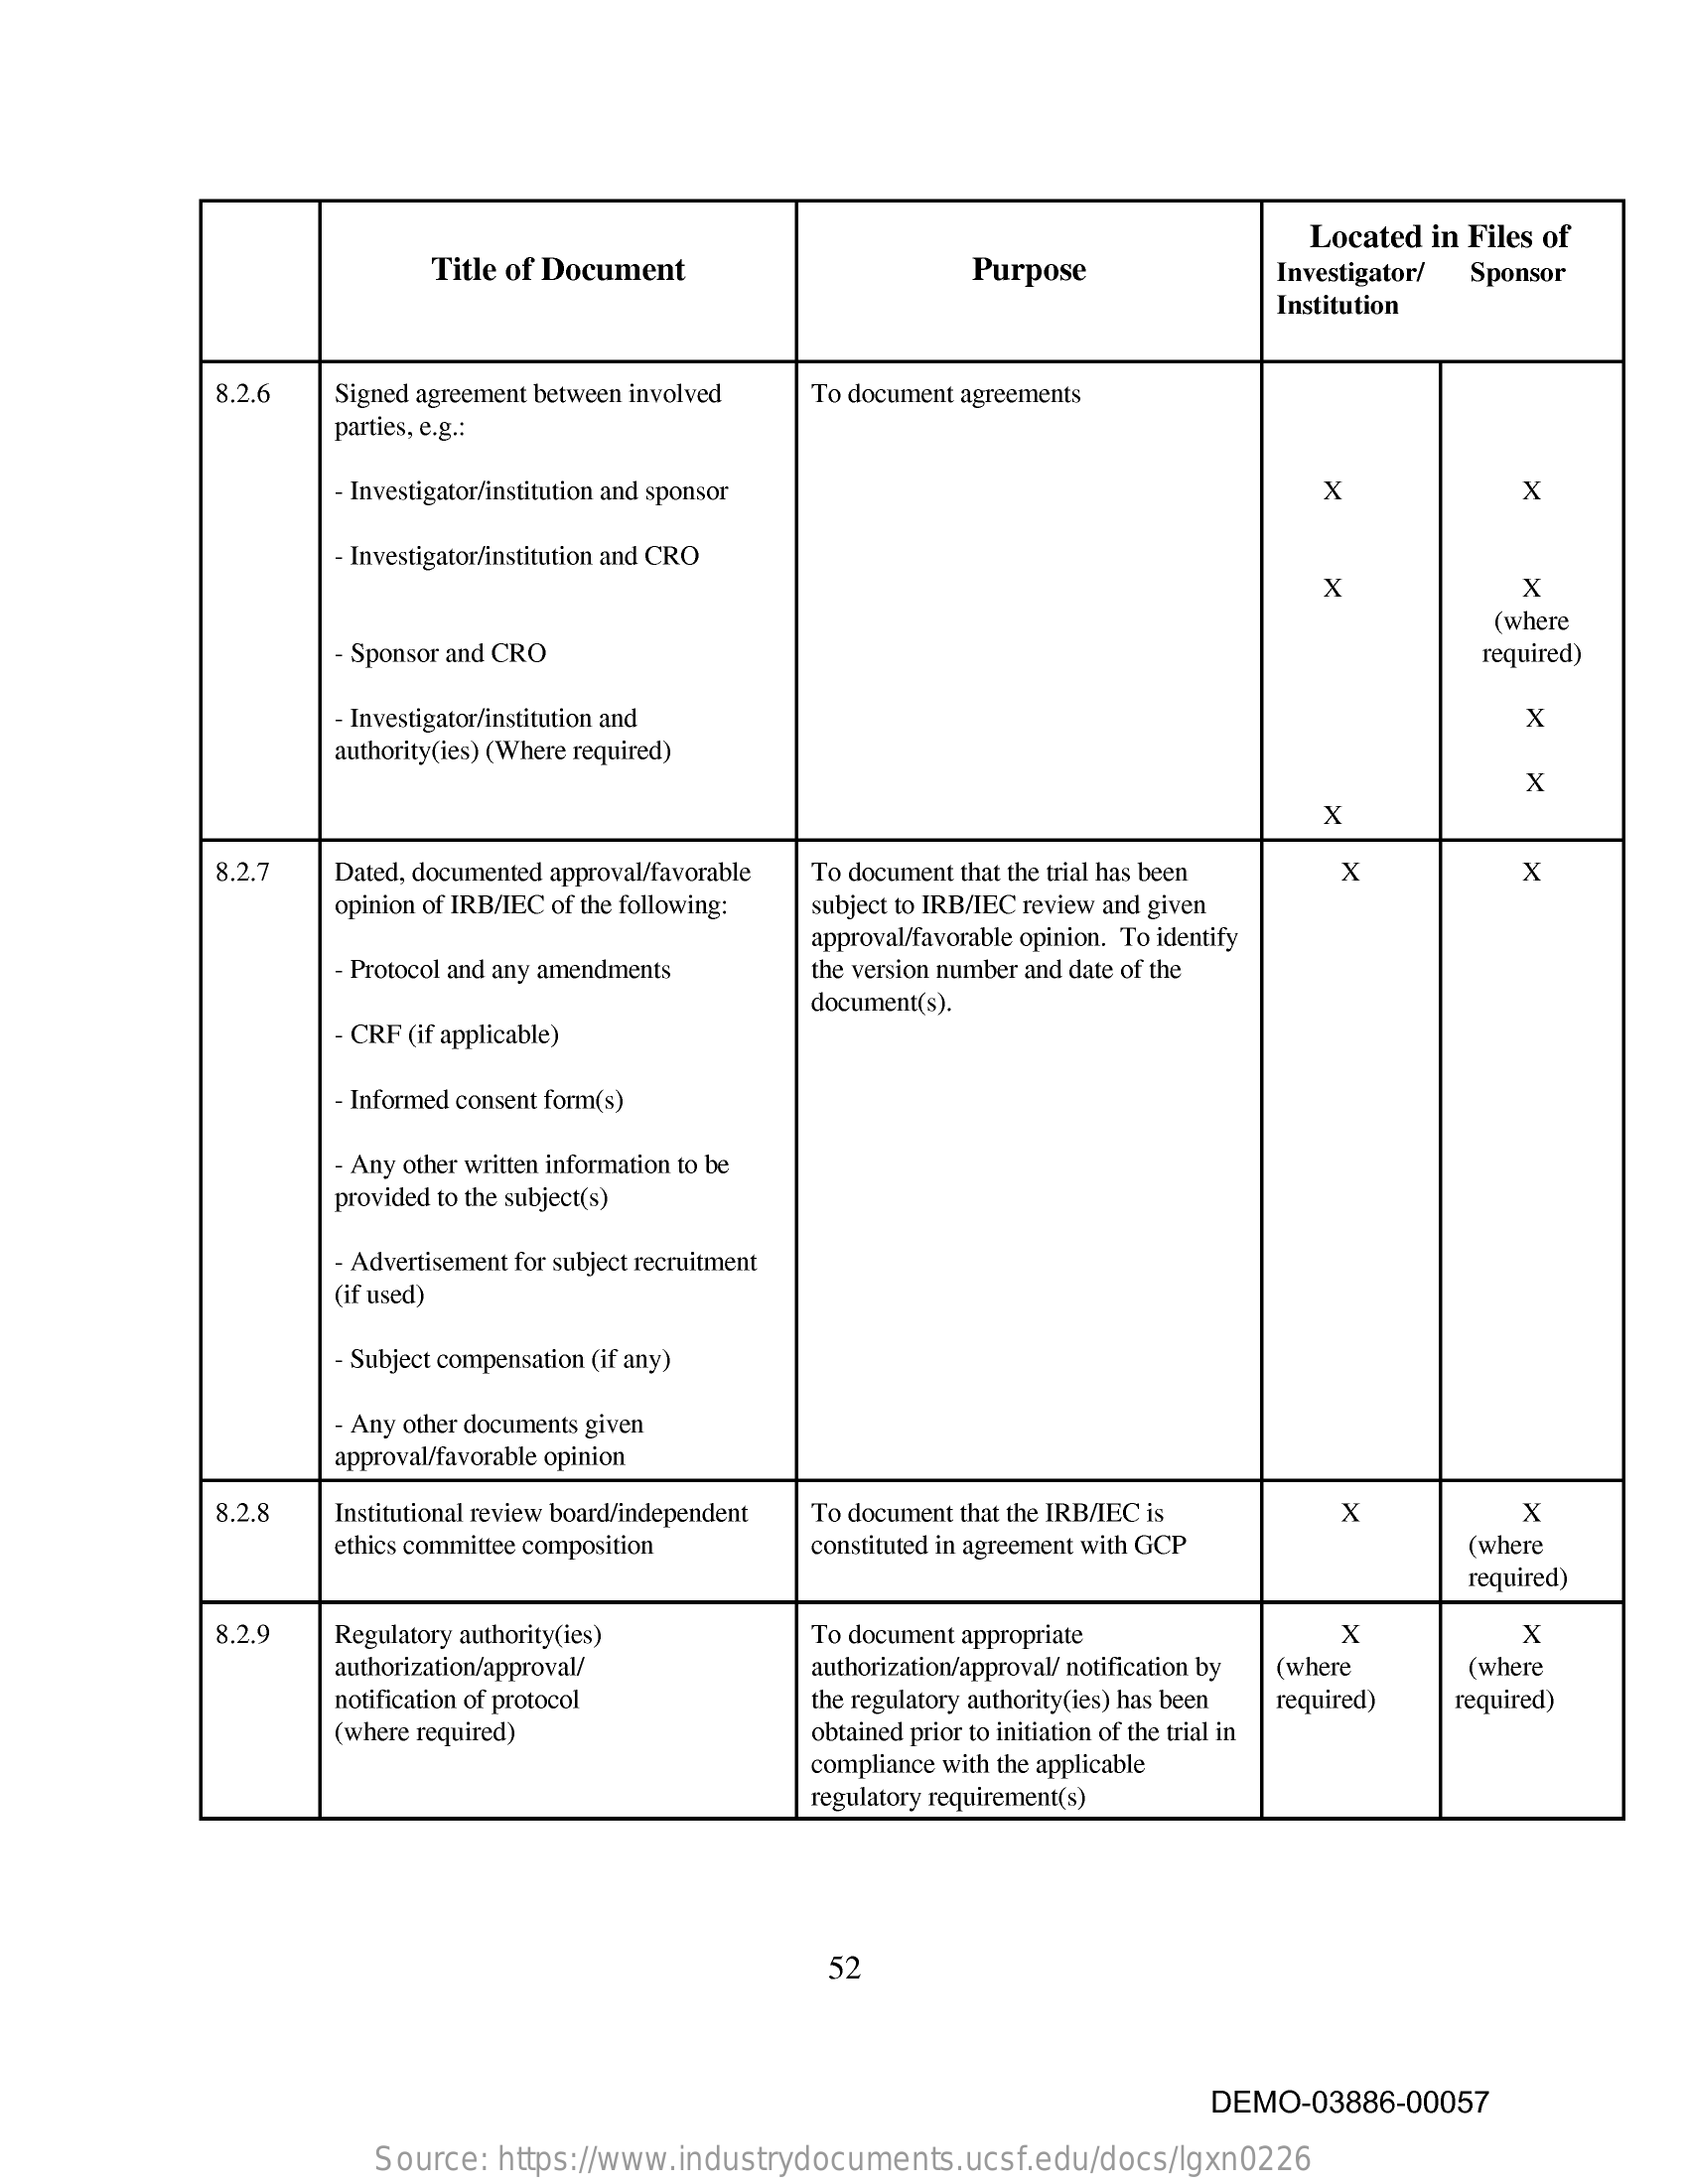
Purpose
     Located in Files of
     Title of Document    Investigator/ Sponsor
     Institution
     8.2.6  Signed agreement between involved To document agreements
     parties, e.g .:
     - Investigator/institution and sponsor    X    X
     - Investigator/institution and CRO
     x    x
     (where
     - Sponsor and CRO    required)
     - Investigator/institution and    x
     authority(ies) (Where required)
     X
     X
     8.2.7  Dated, documented approval/favorable To document that the trial has been X x
     opinion of IRB/IEC of the following: subject to IRB/IEC review and given
     approval/favorable opinion. To identify
     - Protocol and any amendments the version number and date of the
     CRF (if applicable)
     document(s).
     - Informed consent form(s)
     - Any other written information to be
     provided to the subject(s)
     - Advertisement for subject recruitment
     (if used)
     - Subject compensation (if any)
     - Any other documents given
     approval/favorable opinion
     8.2.8  Institutional review board/independent To document that the IRB/IEC is X x
     ethics committee composition constituted in agreement with GCP    (where
     required)
     8.2.9   Regulatory authority(ies)   To document appropriate    X    X
     authorization/approval/    authorization/approval/ notification by (where (where
     notification of protocol
     (where required)
     the regulatory authority(ies) has been
     obtained prior to initiation of the trial in
     required)  required)
     compliance with the applicable
     regulatory requirement(s)
     52
     DEMO-03886-00057
     Source: https://www.industrydocuments.ucsf.edu/docs/lgxn0226